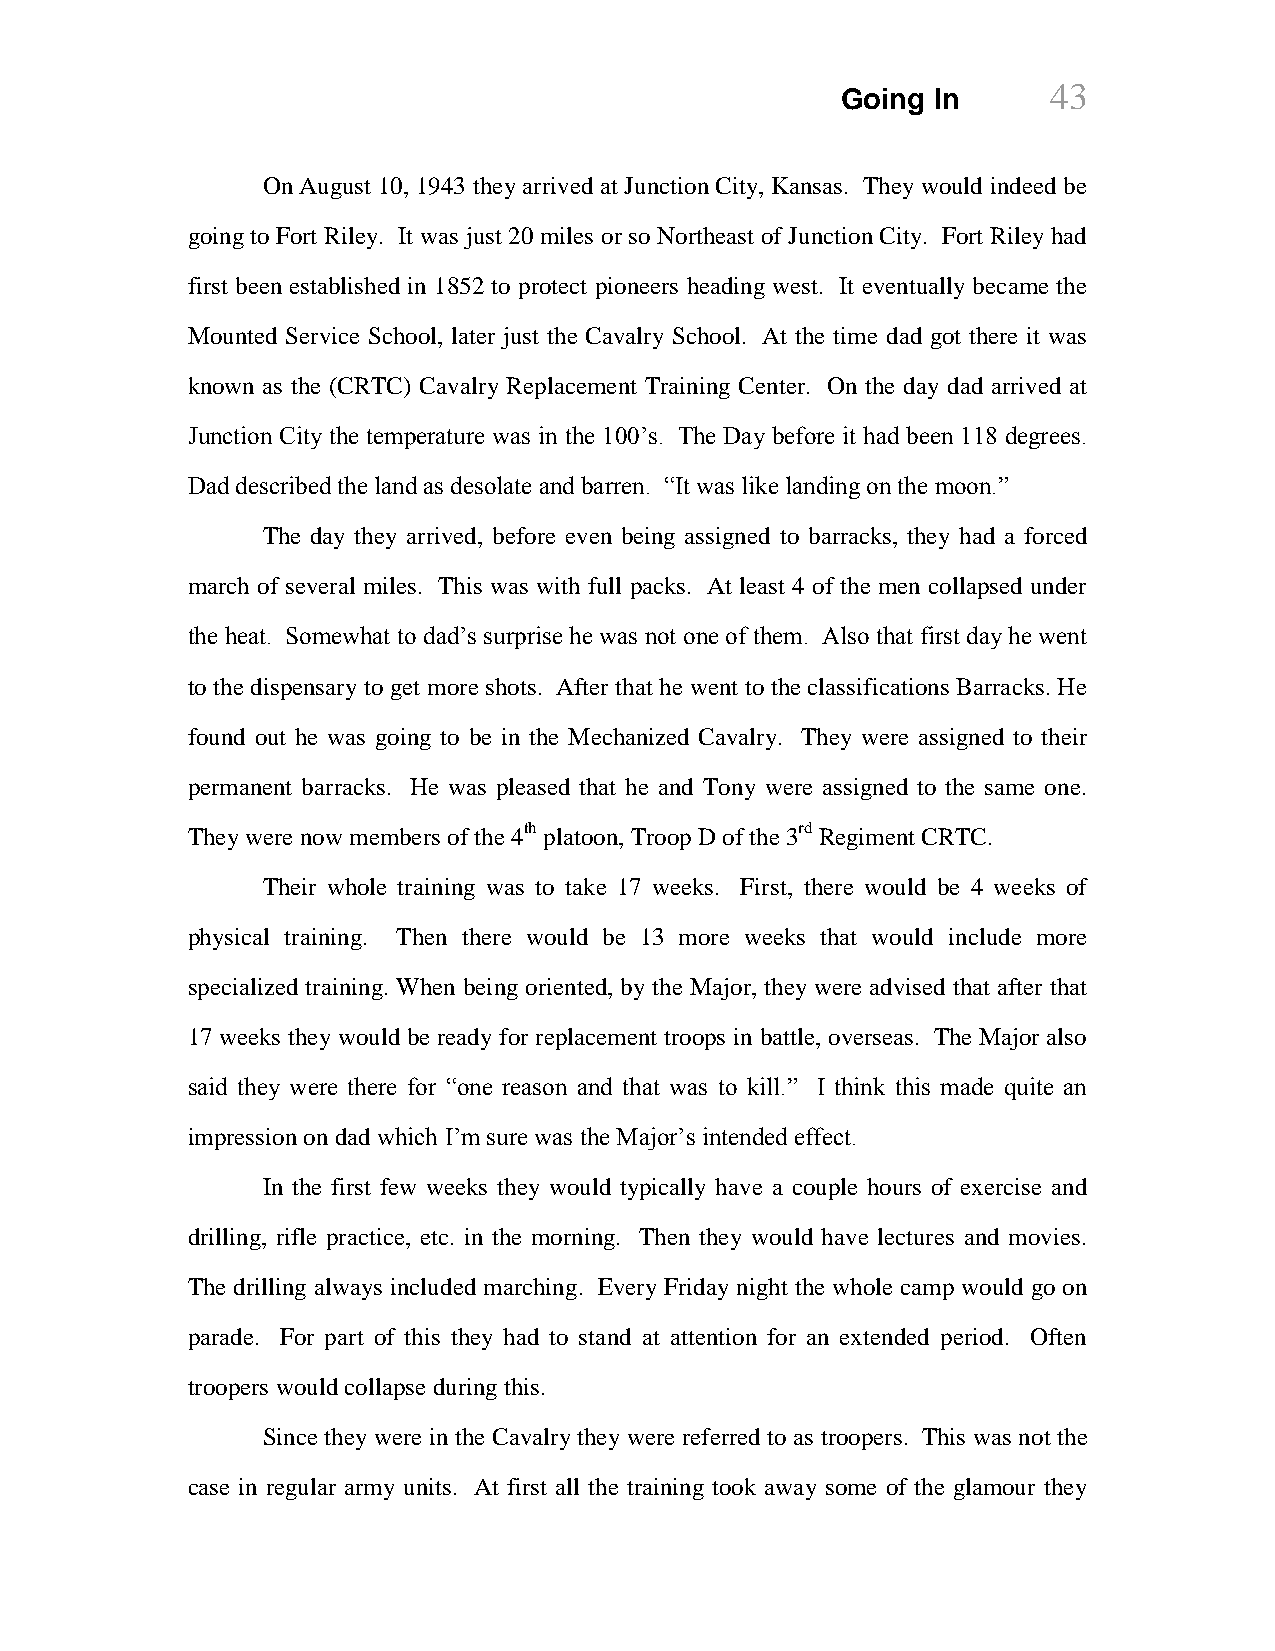
Going In      43
 On August 10, 1943 they arrived at Junction City, Kansas. They would indeed be
 going to Fort Riley. It was just 20 miles or so Northeast of Junction City. Fort Riley had
 first been established in 1852 to protect pioneers heading west. It eventually became the
 Mounted Service School, later just the Cavalry School. At the time dad got there it was
 known as the (CRTC) Cavalry Replacement Training Center. On the day dad arrived at
 Junction City the temperature was in the 100’s. The Day before it had been 118 degrees.
 Dad described the land as desolate and barren. “It was like landing on the moon.”
 The day they arrived, before even being assigned to barracks, they had a forced
 march of several miles. This was with full packs. At least 4 of the men collapsed under
 the heat. Somewhat to dad’s surprise he was not one of them. Also that first day he went
 to the dispensary to get more shots. After that he went to the classifications Barracks. He
 found out he was going to be in the Mechanized Cavalry. They were assigned to their
 permanent barracks. He was pleased that he and Tony were assigned to the same one.
 They were now members of the 4th platoon, Troop D of the 3rd Regiment CRTC.
 Their whole training was to take 17 weeks. First, there would be 4 weeks of
 physical training. Then there would be 13 more weeks that would include more
 specialized training. When being oriented, by the Major, they were advised that after that
 17 weeks they would be ready for replacement troops in battle, overseas. The Major also
 said they were there for “one reason and that was to kill.” I think this made quite an
 impression on dad which I’m sure was the Major’s intended effect.
 In the first few weeks they would typically have a couple hours of exercise and
 drilling, rifle practice, etc. in the morning. Then they would have lectures and movies.
 The drilling always included marching. Every Friday night the whole camp would go on
 parade. For part of this they had to stand at attention for an extended period. Often
 troopers would collapse during this.
 Since they were in the Cavalry they were referred to as troopers. This was not the
 case in regular army units. At first all the training took away some of the glamour they